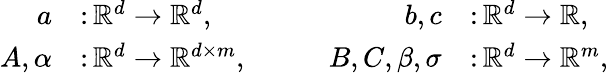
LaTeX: \begin{array}{rlrlrl}{a}&{\colon\mathbb{R}^{d}\to\mathbb{R}^{d},}&&{}&{b,c}&{\colon\mathbb{R}^{d}\to\mathbb{R},}\\ {A,\alpha}&{\colon\mathbb{R}^{d}\to\mathbb{R}^{d\times m},}&&{}&{B,C,\beta,\sigma}&{\colon\mathbb{R}^{d}\to\mathbb{R}^{m},}\end{array}